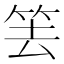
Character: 𥬔